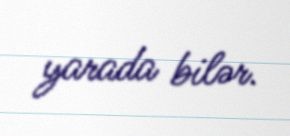
yarada bilər.